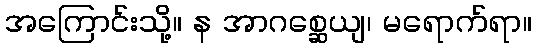
အကြောင်းသို့။ န အာဂစ္ဆေယျ၊ မရောက်ရာ။